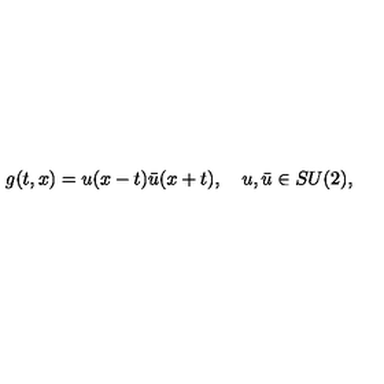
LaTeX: g ( t , x ) = u ( x - t ) \bar { u } ( x + t ) , \quad u , \bar { u } \in S U ( 2 ) ,